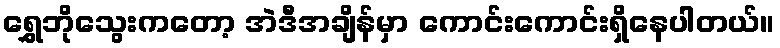
ရွှေဘိုသွေးကတော့ အဲဒီအချိန်မှာ ကောင်းကောင်းရှိနေပါတယ်။